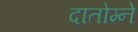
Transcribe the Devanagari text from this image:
दातोम्ने